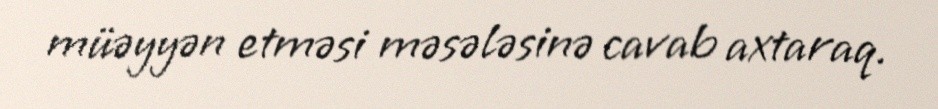
müəyyən etməsi məsələsinə cavab axtaraq.